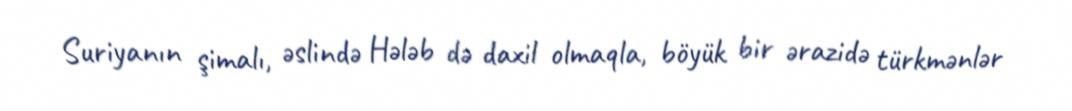
Suriyanın şimalı, əslində Hələb də daxil olmaqla, böyük bir ərazidə türkmənlər